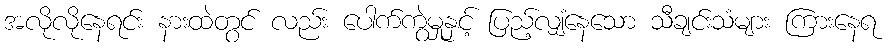
အလိုလိုနေရင်း နားထဲတွင် လည်း ပေါက်ကွဲမှုနှင့် ပြည့်လျှံနေသော သီချင်းသံများ ကြားနေရ